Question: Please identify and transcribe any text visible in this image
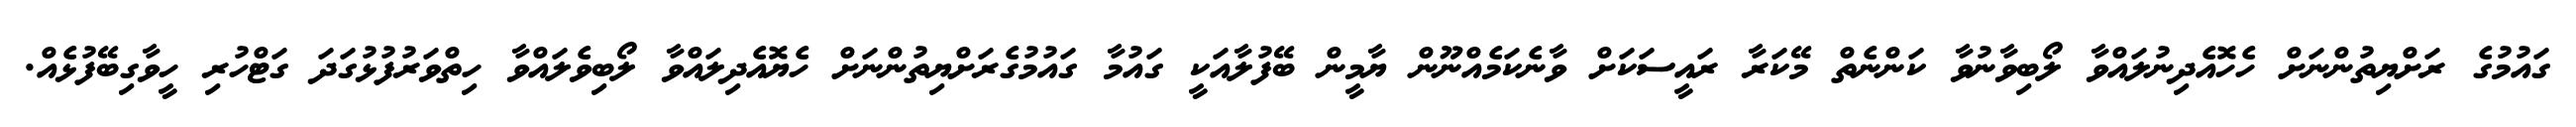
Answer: ގައުމުގެ ރަށްޔިތުންނަށް ހެހޮއެދިނުލައްވާ ލޯބިވާނުވާ ކަންނެތް މޭކަރާ ރައީސަކަށް ވާނެކަމެއްނޫން ޔާމީން ބޭފުލާއަކީ ގައުމާ ގައުމުގެރަށްޔިތުންނަށް ހެޔޮއެދިލައްވާ ލޯބިވެލައްވާ ހިތްވަރުފުޅުގަދަ ގަޓްހުރި ހީވާގިބޭފުޅެއް.